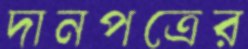
দানপত্রের